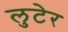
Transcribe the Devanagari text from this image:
लुटेर